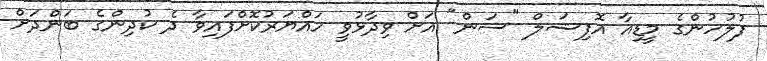
ފުލުހުންގެ މީޑިއާ އޮފިޝަލް "ސަން" އަށް ވިދާޅުވީ ހައްޔަރުކޮށްފައިވާ ދެ ކުދިންގެ ބަންދަށް